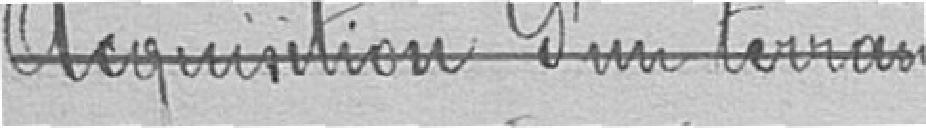
Acquisition d'un terrain